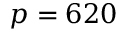
p = 6 2 0